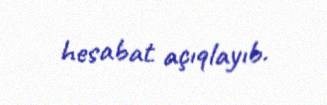
hesabat açıqlayıb.